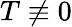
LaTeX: T\not\equiv 0